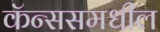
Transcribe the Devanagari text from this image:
कॅन्ससमधील